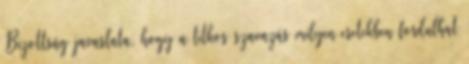
Bizottság javaslata, hogy a titkos szavazás milyen esetekben fordulhat